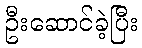
ဦးဆောင်ခဲ့ပြီး